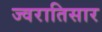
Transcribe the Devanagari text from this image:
ज्वरातिसार